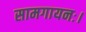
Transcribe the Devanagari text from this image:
सामगायनः।